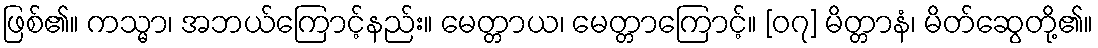
ဖြစ်၏။ ကသ္မာ၊ အဘယ်ကြောင့်နည်း။ မေတ္တာယ၊ မေတ္တာကြောင့်။ [၀၇] မိတ္တာနံ၊ မိတ်ဆွေတို့၏။